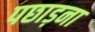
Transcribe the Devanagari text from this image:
पछाड़ना